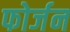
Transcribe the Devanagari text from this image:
फोर्जन